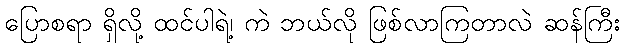
ပြောစရာ ရှိလို့ ထင်ပါရဲ့၊ ကဲ ဘယ်လို ဖြစ်လာကြတာလဲ ဆန်ကြီး